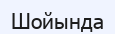
Шойында